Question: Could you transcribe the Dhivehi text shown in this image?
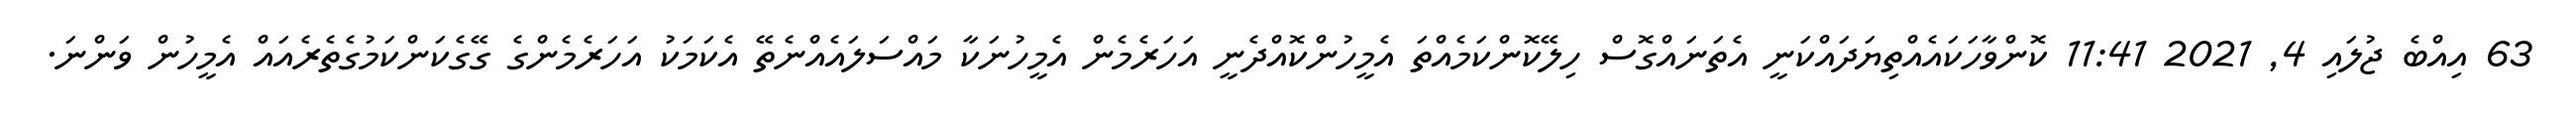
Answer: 63 އިއްބެ ޖުލައި 4, 2021 11:41 ކޮންވާހަކައެއްތިޔަދައްކަނީ އެތަނައްގޮސް ހިލޭކޮންކަމެއްތަ އެމީހުންކޮއްދެނީ އަހަރެމެން އެމީހުނަކާ މައްސަލައެއްނެތޭ އެކަމަކު އަހަރެމެންގެ ގޭގެކަންކަމުގެތެރެއައް އެމީހުން ވަންނަ.